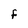
Character: F